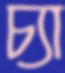
চ্যা